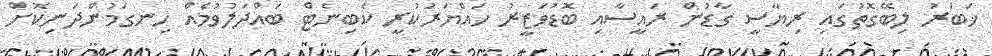
ޚަބަރު ލިބޭގޮތުގައި ރިޔާސީ ގާޑުން ރައީސާއި ބޮޑުވަޒީރު ހައްޔަރުކުރީ ކެބިނެޓް ބައްދަލުވުމެއް ހިނގަމުންދަނިކޮށް